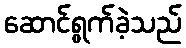
ဆောင်ရွက်ခဲ့သည်